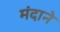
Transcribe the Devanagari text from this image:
मंदाने